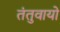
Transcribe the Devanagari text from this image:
तंतुवायो